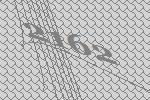
2162